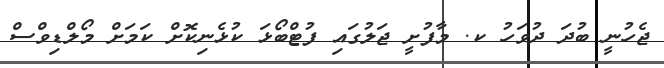
ޖެހުނީ ބުދަ ދުވަހު ކ. މާފުށީ ޖަލުގައި ފުޓްބޯޅަ ކުޅެނިކޮށް ކަމަށް މޯލްޑިވްސް